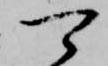
可